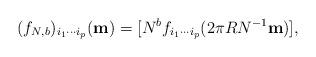
LaTeX: \begin{align*}(f_{N,b} )_{i_{1} \cdots i_{p} } ({\bf m}) =[N^{b} f_{i_{1} \cdots i_{p} } (2\pi R N^{-1} {\bf m})],\end{align*}